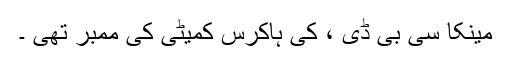
مینکا سی بی ڈی ، کی ہاکرس کمیٹی کی ممبر تھی ۔